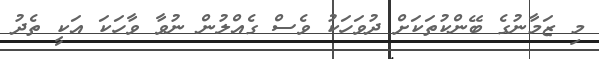
މި ޒަމާނުގެ ބޭންކުތަކަށް ދުވަހަކު ވެސް ގެއްލުން ނުވާ ވާހަކަ އަކީ ތެދު